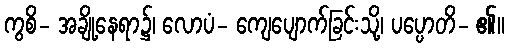
ကွစိ- အချို့နေရာ၌၊ လောပံ- ကျေပျောက်ခြင်းသို့၊ ပပ္ပောတိ- ၏။